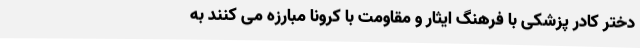
دختر کادر پزشکی با فرهنگ ایثار و مقاومت با کرونا مبارزه می کنند به